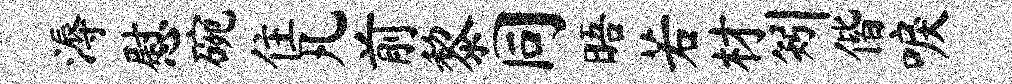
溽慰碗住凡前黎同晤若材矧偕唳